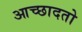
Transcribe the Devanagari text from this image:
आच्छादतो